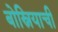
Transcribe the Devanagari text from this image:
बोस्नियाची